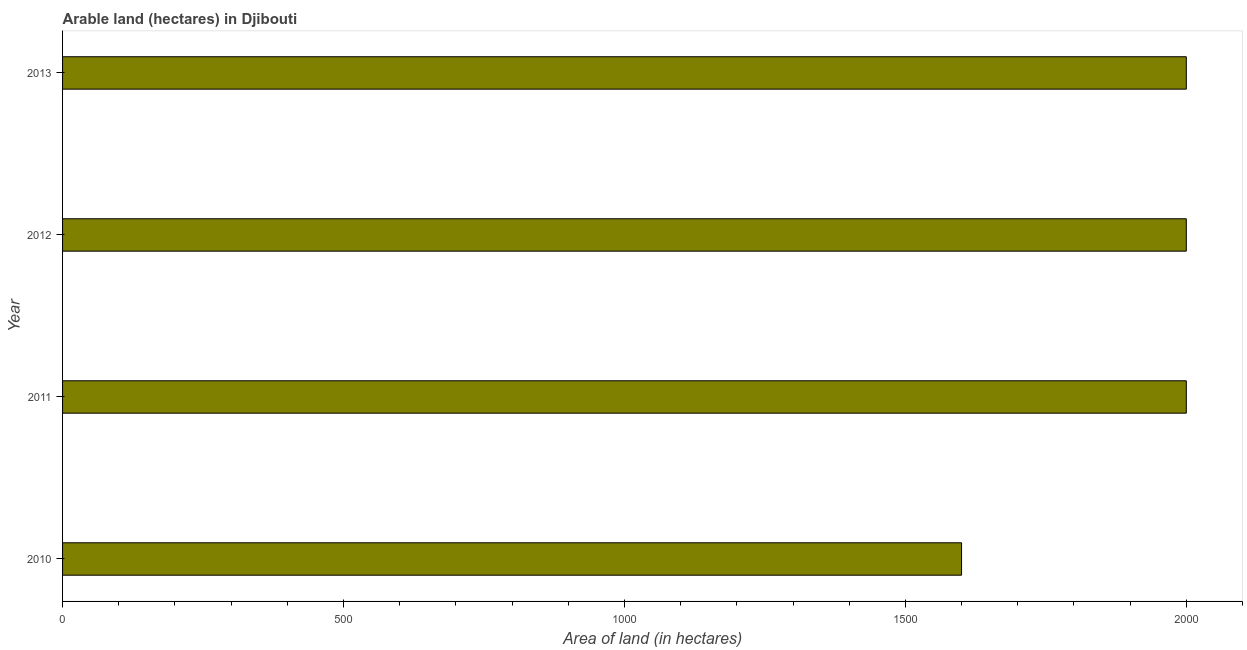
| Year | Area of land |
 | --- | --- |
 | 2010 | 1.6e+03 |
 | 2011 | 2e+03 |
 | 2012 | 2e+03 |
 | 2013 | 2e+03 |